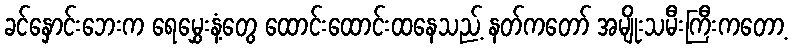
ခင်နှောင်းဘေးက ရေမွှေးနံ့တွေ ထောင်းထောင်းထနေသည့် နတ်ကတော် အမျိုးသမီးကြီးကတော့